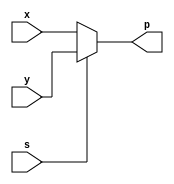
`timescale 1ns / 1ps
//////////////////////////////////////////////////////////////////////////////////
// Company: 
// Name : Anurat Bhattacharya (19CS10071) Sunanda Mandal (19CS10060)
// 
// Design Name: 
// Module Name:    MUX 
// Project Name: 
// Target Devices: 
// Tool versions: 
// Description: 
//
// Dependencies: 
//
// Revision: 
// Revision 0.01 - File Created
// Additional Comments: 
//
//////////////////////////////////////////////////////////////////////////////////
module MUX(
input x,
input y,
input s,
output reg p );
	
	always @(x or y or s) 
	begin 
	 if(s) 
		p = y;
	 else 
		p = x;
	end

endmodule